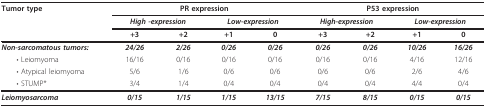
| Tumor type | <COLSPAN=4> PR expression | <COLSPAN=4> P53 expression |
 |  | <COLSPAN=2> High -expression | <COLSPAN=2> Low-expression | <COLSPAN=2> High-expression | <COLSPAN=2> Low-expression |
 |  | +3 | +2 | +1 | 0 | +3 | +2 | +1 | 0 |
 | --- | --- | --- | --- | --- | --- | --- | --- | --- |
 | Non-sarcomatous tumors: | 24/26 | 2/26 | 0/26 | 0/26 | 0/26 | 0/26 | 10/26 | 16/26 |
 | • Leiomyoma | 16/16 | 0/16 | 0/16 | 0/16 | 0/16 | 0/16 | 4/16 | 12/16 |
 | • Atypical leiomyoma | 5/6 | 1/6 | 0/6 | 0/6 | 0/6 | 0/6 | 2/6 | 4/6 |
 | • STUMP* | 3/4 | 1/4 | 0/4 | 0/4 | 0/4 | 0/4 | 4/4 | 0/4 |
 | Leiomyosarcoma | 0/15 | 1/15 | 1/15 | 13/15 | 7/15 | 8/15 | 0/15 | 0/15 |